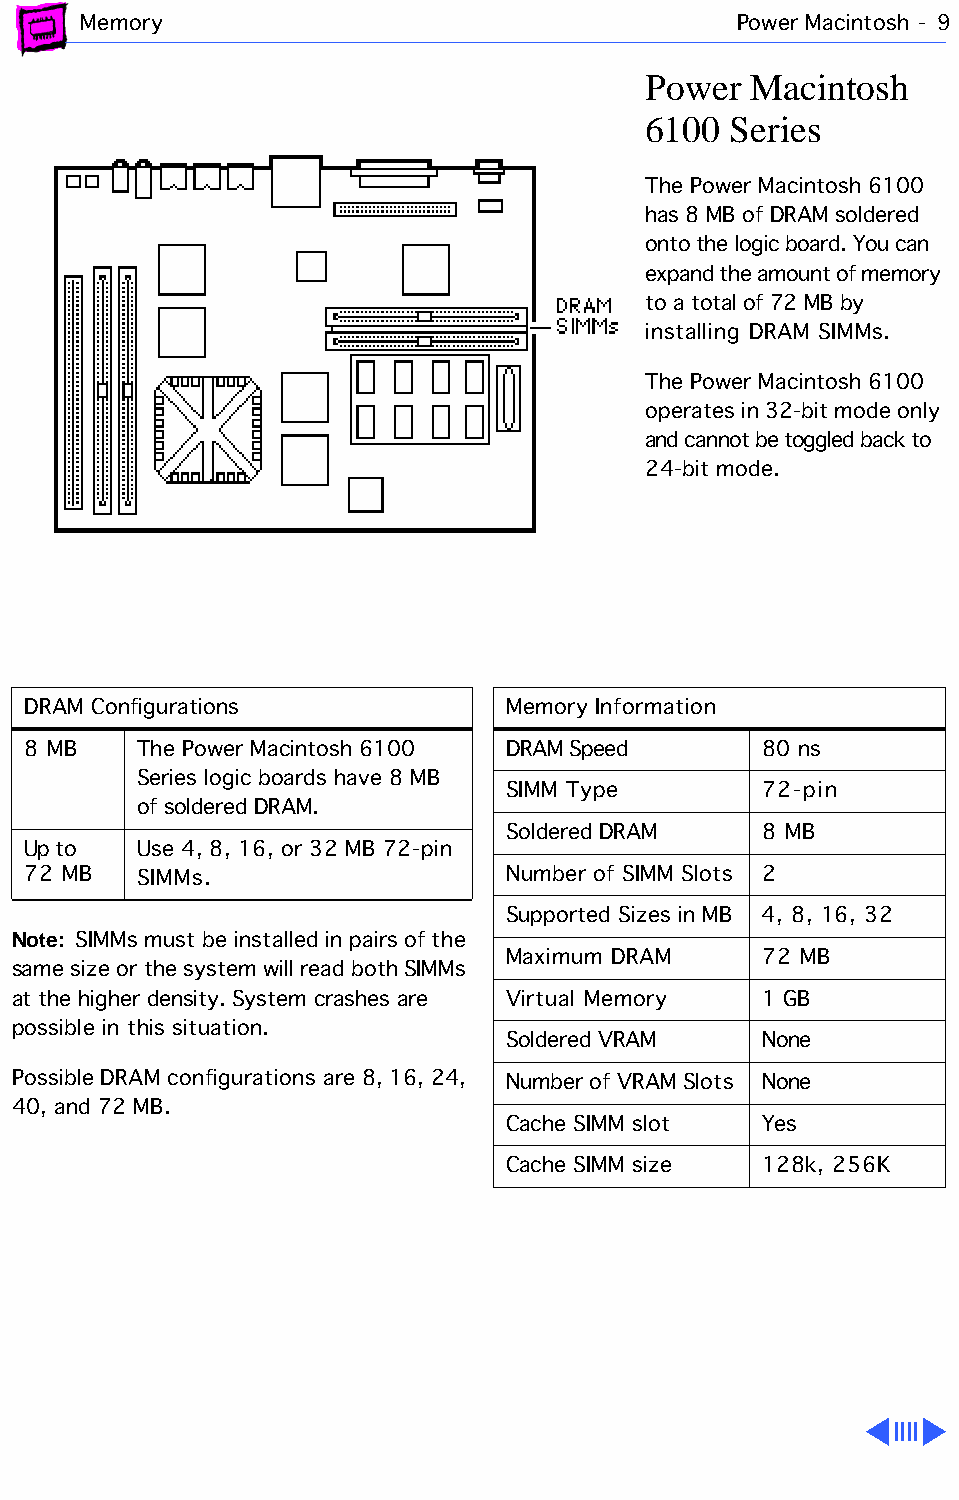
Memory                                     Power Macintosh - 9
 Power  Macintosh
 6100  Series
 The Power Macintosh 6100
 has 8 MB of DRAM soldered
 onto the logic board. You can
 expand the amount of memory
 to a total of 72 MB by
 installing DRAM SIMMs.
 The Power Macintosh 6100
 operates in 32-bit mode only
 and cannot be toggled back to
 24-bit mode.
 DRAM Configurations             Memory Information
 8 MB    The Power Macintosh 6100 DRAM Speed      80 ns
 Series logic boards have 8 MB
 SIMM Type        72-pin
 of soldered DRAM.
 Soldered DRAM    8 MB
 Up to   Use 4, 8, 16, or 32 MB 72-pin
 72 MB   SIMMs.                  Number of SIMM Slots 2
 Supported Sizes in MB 4, 8, 16, 32
 Note: SIMMs must be installed in pairs of the
 Maximum DRAM     72 MB
 same size or the system will read both SIMMs
 at the higher density. System crashes are Virtual Memory 1 GB
 possible in this situation.
 Soldered VRAM    None
 Possible DRAM configurations are 8, 16, 24, Number of VRAM Slots None
 40, and 72 MB.
 Cache SIMM slot  Yes
 Cache SIMM size  128k, 256K